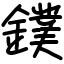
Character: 鏷